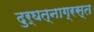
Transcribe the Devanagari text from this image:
दुर्घत्नाग्रस्त